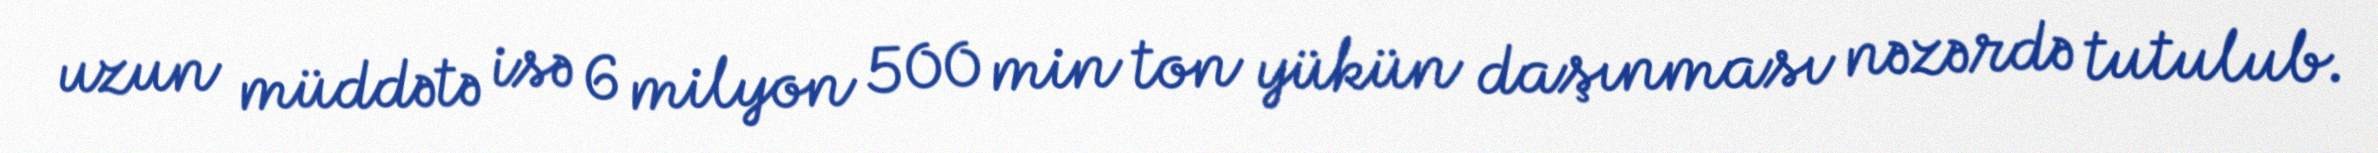
uzun müddətə isə 6 milyon 500 min ton yükün daşınması nəzərdə tutulub.